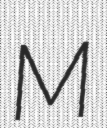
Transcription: M